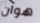
هوان